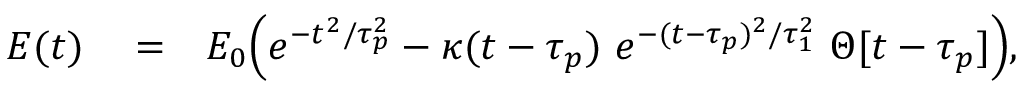
\begin{array} { r l r } { E ( t ) } & { { } = } & { E _ { 0 } \Big ( e ^ { - t ^ { 2 } / \tau _ { p } ^ { 2 } } - \kappa ( t - \tau _ { p } ) \ e ^ { - ( t - \tau _ { p } ) ^ { 2 } / \tau _ { 1 } ^ { 2 } } \ \Theta [ t - \tau _ { p } ] \Big ) , } \end{array}